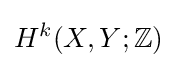
H^{k}(X,Y;\mathbb {Z} )